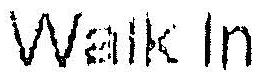
WALK IN